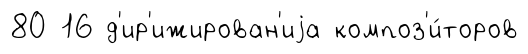
80 16 д'ир'ижирован'иjа композ'и́торов